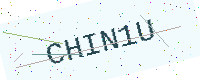
Text: CHIN1U